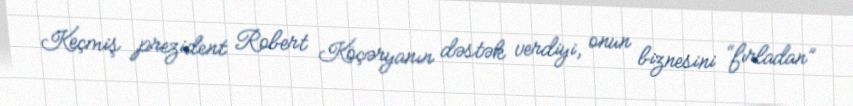
Keçmiş prezident Robert Köçəryanın dəstək verdiyi, onun biznesini “fırladan”